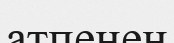
атпенен